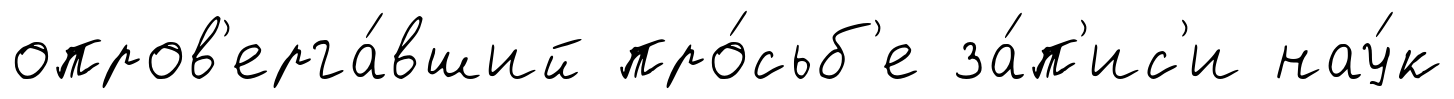
опров'ерга́вший про́сьб'е за́п'ис'и нау́к